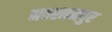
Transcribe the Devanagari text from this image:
नवरतनपुर